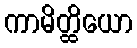
ကာမိတ္ထိယော